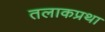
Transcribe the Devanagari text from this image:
तलाकप्रथा